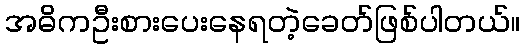
အဓိကဦးစားပေးနေရတဲ့ခေတ်ဖြစ်ပါတယ်။